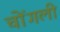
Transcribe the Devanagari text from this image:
चोंगली